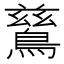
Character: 鶿